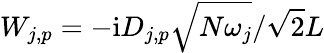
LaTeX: W_{j,p}=-\mathrm{i}D_{j,p}\sqrt{N\omega_{j}}/\sqrt{2}L